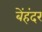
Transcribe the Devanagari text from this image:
बेंहंदर